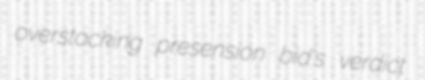
overstocking presension bid's verdict